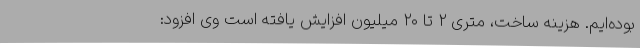
بوده‌ایم. هزینه ساخت، متری ۲ تا ۲۰ میلیون افزایش یافته است وی افزود: